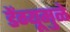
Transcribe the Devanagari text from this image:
डेंग्यूमुळे